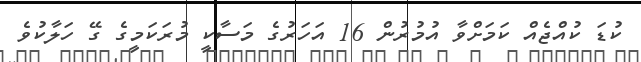
ކުޑަ ކުއްޖެއް ކަމަށްވާ އުމުރުން 16 އަހަރުގެ މަސާކީ މުރަކަމީގެ ގޭ ހަލާކުވެ